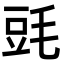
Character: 毭